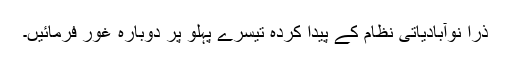
ذرا نوآبادیاتی نظام کے پیدا کردہ تیسرے پہلو پر دوبارہ غور فرمائیں۔